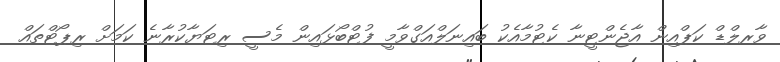
ވާރލްޑް ކަޕްއިން އާޖެންޓީނާ ކެޓުމާއެކު ބައިނަލްއަގްވާމީ ފުޓްބޯޅައިން މެސީ ރިޓަޔާކުރާނެ ކަމަށް ރިޕޯޓްތައް